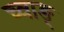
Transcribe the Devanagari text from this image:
च्वाङ्‌